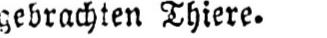
gebrachten Thiere.